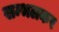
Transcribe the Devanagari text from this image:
सम्भलकर